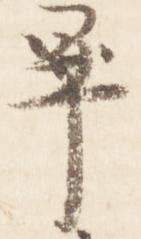
畢